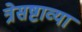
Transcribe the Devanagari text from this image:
त्रेसष्टाव्या